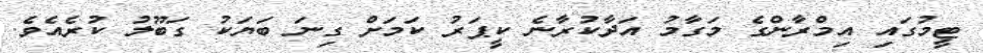
ޓީމުގައި އިމްރާންގެ މަގާމު އަދާކުރާނެ ކީޕަރު ކަމަށް ގިނަ ބަޔަކު ގަބޫލު ކުރެއެވެ.